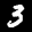
Label: 3